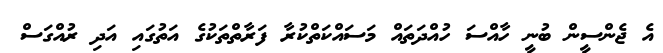
އެ ޖެންސީން ބުނީ ހާއްސަ ހުއްދަތައް މަސައްކަތްކުރާ ފަރާތްތަކުގެ އަތުގައި އަދި ރުއްގަސް